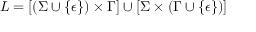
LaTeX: L = [ ( \Sigma \cup \{ \epsilon \} ) \times \Gamma ] \cup [ \Sigma \times ( \Gamma \cup \{ \epsilon \} ) ]